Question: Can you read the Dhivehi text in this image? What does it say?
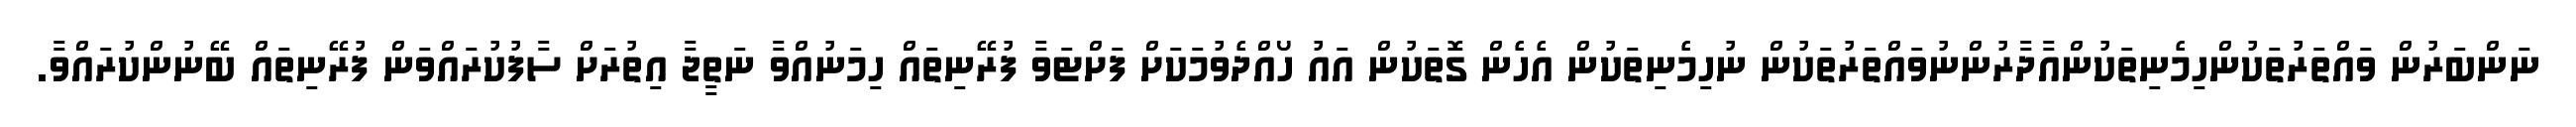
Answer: ނަންބަރުން ވައްތަރުތަކުންހިމެނިތަކުންއާދާރުންނުވައްތަރުތަކުން ނުހިމެނިތަކުން އެހެން ގޮތަކުން އައު ހޯއްދެވުމަކަށް ފަށްޓަވާ ފުރޭނިތައް ހިމަނުއްވާ ނަތީޖާ އިތުރަށް ސާފުކުރައްވަން ފުރޭނިތައް ބޭނުންކުރައްވާ.